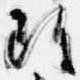
雖